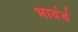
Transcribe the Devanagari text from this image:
भावंडं